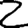
Digit: 2